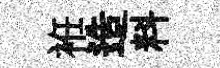
袵造料